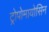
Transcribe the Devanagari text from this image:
ट्रोपोमायोसिन